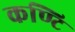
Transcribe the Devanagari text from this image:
कण्टि